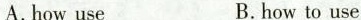
A. how use B. howto use